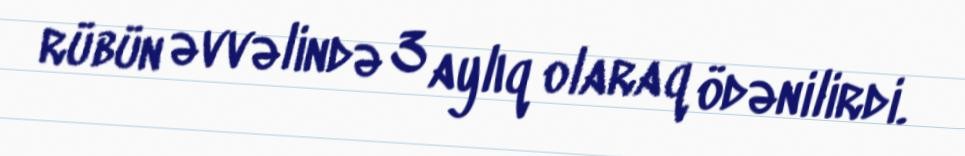
rübün əvvəlində 3 aylıq olaraq ödənilirdi.